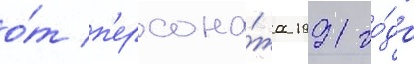
о́т п'ерсона́жа 1991 го́да